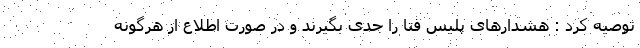
توصیه کرد : هشدار‌های پلیس فتا را جدی بگیرند و در صورت اطلاع از هرگونه